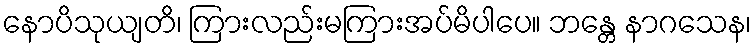
နောပိသုယျတိ၊ ကြားလည်းမကြားအပ်မိပါပေ။ ဘန္တေ နာဂသေန၊